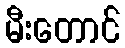
မီးတောင်